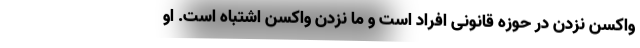
واکسن نزدن در حوزه قانونی افراد است و ما نزدن واکسن اشتباه است. او